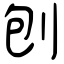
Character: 刨